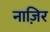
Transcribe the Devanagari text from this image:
नाज़िर